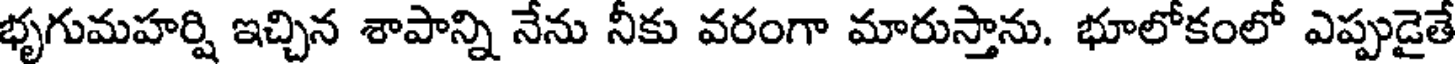
భృగుమహర్షి ఇచ్చిన శాపాన్ని నేను నీకు వరంగా మారుస్తాను. భూలోకంలో ఎప్పుడైతే